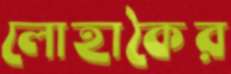
লোহাকৈর